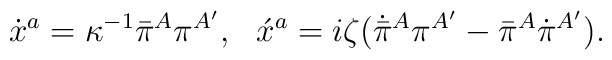
\dot{x}{}^a = \kappa^{-1}\bar{\pi}{}^A\pi^{A'},\,\,\,\,\acute{x}{}^a = i\zeta(\dot{\bar{\pi}}{}^A\pi^{A'} -                       \bar{\pi}{}^A\dot{\pi}{}^{A'}).